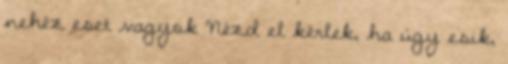
nehéz eset vagyok Nézd el kérlek, ha úgy esik,